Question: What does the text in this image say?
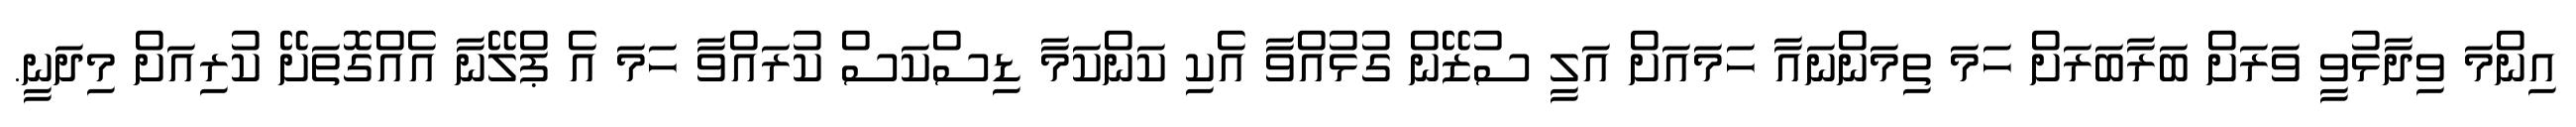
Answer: އިންމަ ވިދާޅުވީ ވަރަށް ބަރާބަރަށް ހަމަ ތިމަންނައާ ހަމައަށް އަލީ ސުޒޭން ގުޅުއްވާ އެކި ކަންކަމާ ޑިސްކަސް ކުރައްވާ ހަމަ އެ ޕްލޭނާ އެއްގޮތަށޭ ކުރިއަށް މިދަނީ.